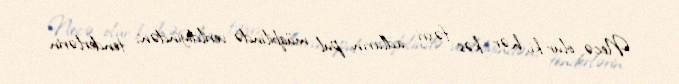
Necə olur ki, hər kəs fəxri adların pul müqbilində verildiyindən, tenderlərin